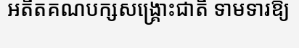
អតីតគណបក្សសង្គ្រោះជាតិ ទាមទារឱ្យ